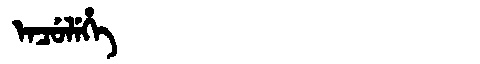
Manchu: ᡝᠨᠴᡠᠯᡝᡥᡝ
Romanization: ENCULEHE